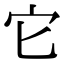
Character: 它